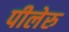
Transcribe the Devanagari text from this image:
पीलेरु